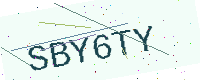
Text: SBY6TY